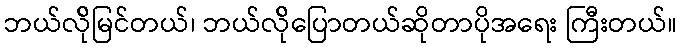
ဘယ်လ်ိုမြင်တယ်၊ ဘယ်လ်ိုပြောတယ်ဆိုတာပိုအရေး ကြီးတယ်။